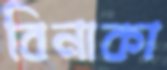
বিনাকা